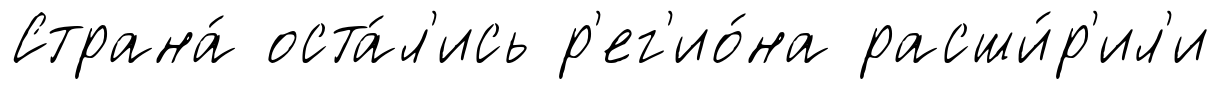
Страна́ оста́л'ись р'ег'ио́на расши́р'ил'и